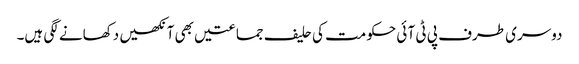
دوسری طرف پی ٹی آ ئی حکومت کی حلیف جماعتیں بھی آنکھیں دکھانے لگی ہیں۔